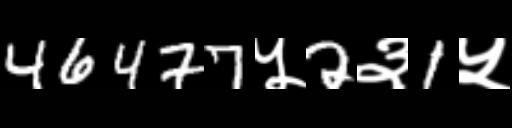
Text: 46477५2३1५